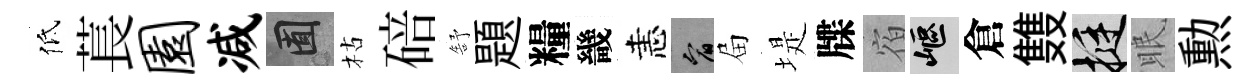
低萇园减囿枯碚舒題糧畿恚宥屇堤牒宿嶇倉䨇挺眠勲